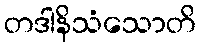
တဒါနိသံသောတိ